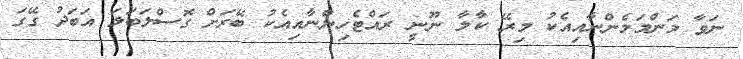
ނަވާ މަންމަމެންނާއިއެކު މިރޭ ކާލާ ނޫނީ ރައްޓެހިންނާއިއެކު ބޭރަށް ގޮސްލަބަލަ އަބަދު ގޭގަ